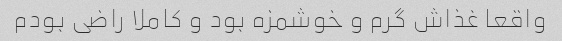
واقعا غذاش گرم و خوشمزه بود و کاملا راضی بودم